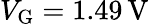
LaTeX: V_{\textrm{G}}=1.49\, \mathrm{V}